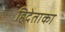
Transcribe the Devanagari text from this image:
हिदेताका